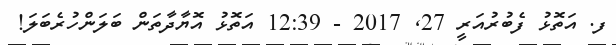
ފ. އަތޮޅު ފެބުރުއަރީ 27